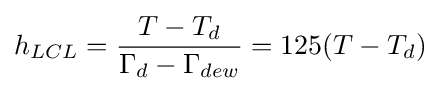
h_{LCL}={\frac {T-T_{d}}{\Gamma _{d}-\Gamma _{dew}}}=125(T-T_{d})